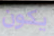
يكون